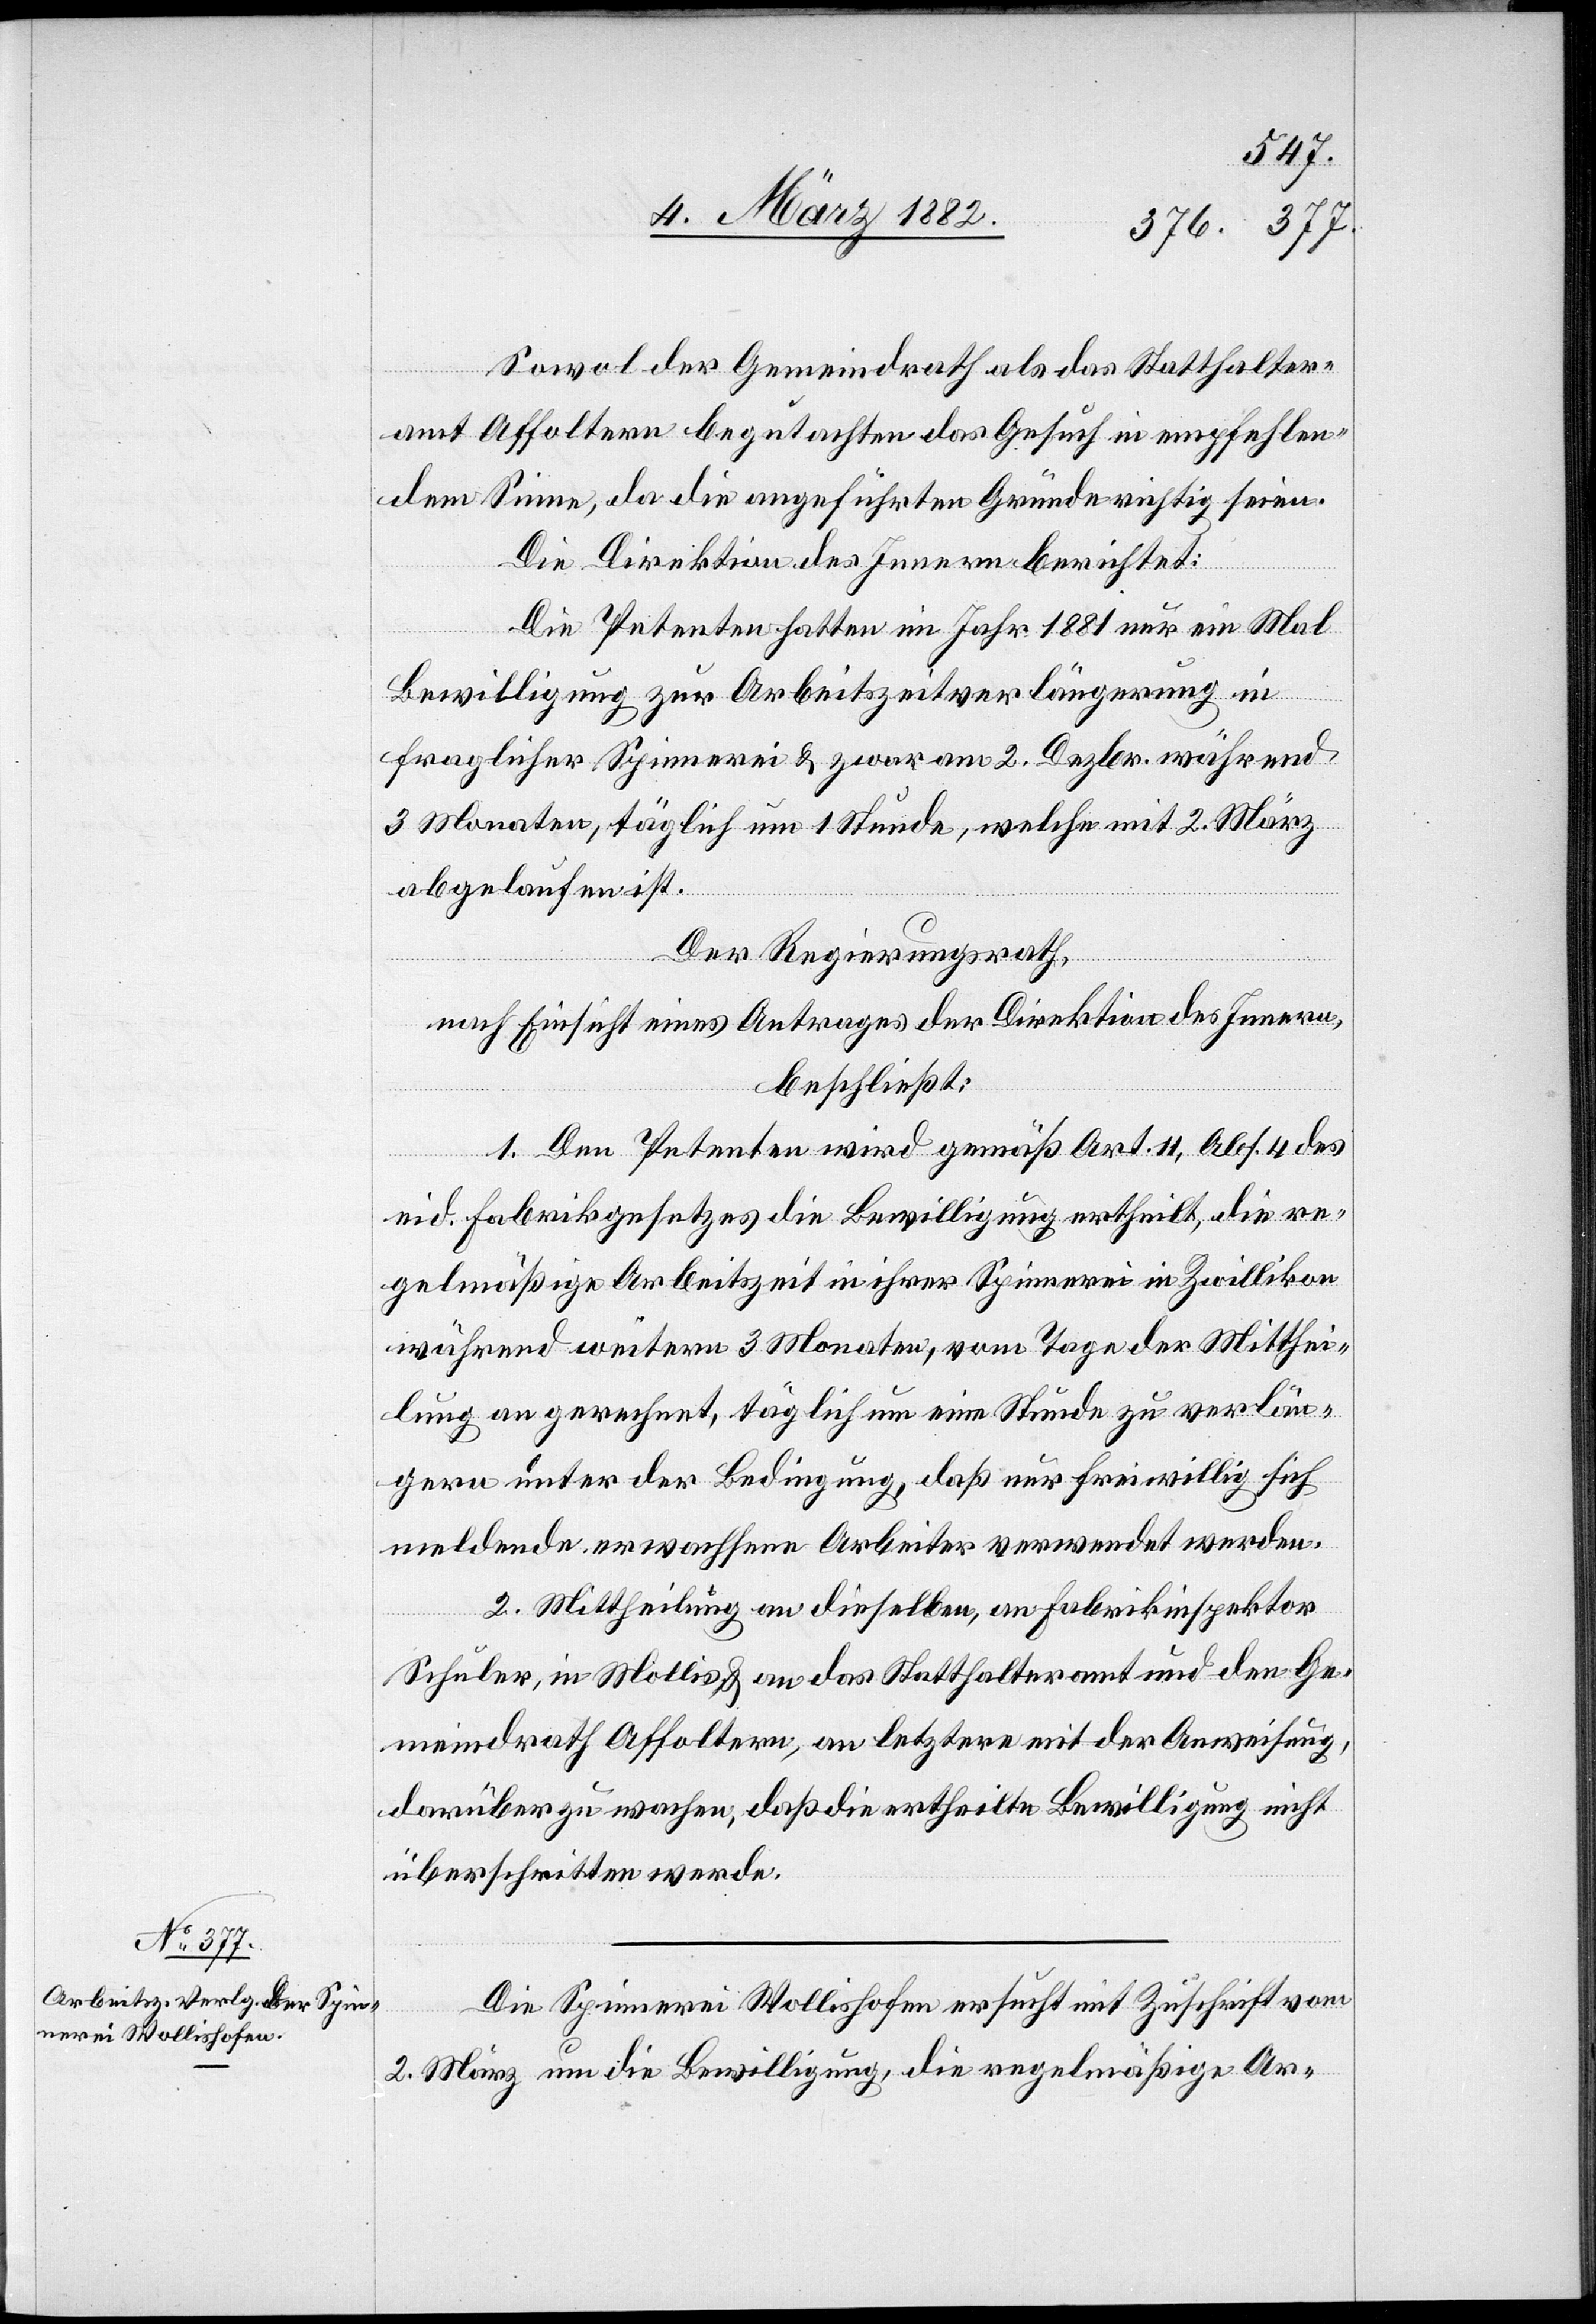
Sowol der Gemeindrath als das Statthalter¬
amt Affoltern begutachten das Gesuch im empfehlen¬
dem Sinne, da die ausgeführten Gründe richtig seien.
Die Direktion des Innern berichtet:
Die Petenten hatten im Jahr 1881 nur ein Mal
Bewilligung zur Arbeitszeitverlängerung in
fraglicher Spinnerei & zwar am 2. Dezbr. während
3 Monaten, täglich um 1 Stunde, welche mit 2. März
abgelaufen ist.
Der Regierungsrath,
nach Einsicht eines Antrages der Direktion des Innern,
beschließt:
1. Den Petenten wird gemäß Art. 11, Abs. 4 des
eid. Fabrikgesetzes die Bewilligung ertheilt, die re¬
gelmäßige Arbeitszeit in ihrer Spinnerei in Zwillikon
während weiteren 3 Monaten, vom Tage der Mitthei¬
lung an gerechnet, täglich um eine Stunde zu verlän¬
gern unter der Bedingung, daß nur freiwillig sich
meldende erwachsene Arbeiter verwendet werden.
2. Mittheilung an dieselben, an Fabrikinspektor
Schuler, in Mollis, & an das Statthalteramt und den Ge¬
meindrath Affoltern, an letztern mit der Anweisung,
darüber zu wachen, daß die ertheilte Bewilligung nicht
überschritten werde.
Die Spinnerei Wollishofen ersucht mit Zuschrift vom
2. März um die Bewilligung, die regelmäßige Ar-